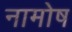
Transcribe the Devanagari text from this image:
नामोष